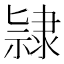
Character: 𨽻